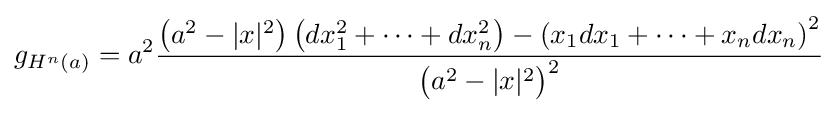
g_{H^{n}(a)}=a^{2}{\frac {{\bigl (}a^{2}-|x|{}^{2}{\bigr )}\left(dx_{1}^{2}+\cdots +dx_{n}^{2}\right)-\left(x_{1}dx_{1}+\cdots +x_{n}dx_{n}\right)^{2}}{{\bigl (}a^{2}-|x|{}^{2}{\bigr )}^{2}}}